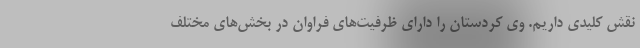
نقش کلیدی داریم. وی کردستان را دارای ظرفیت‌های فراوان در بخش‌های مختلف